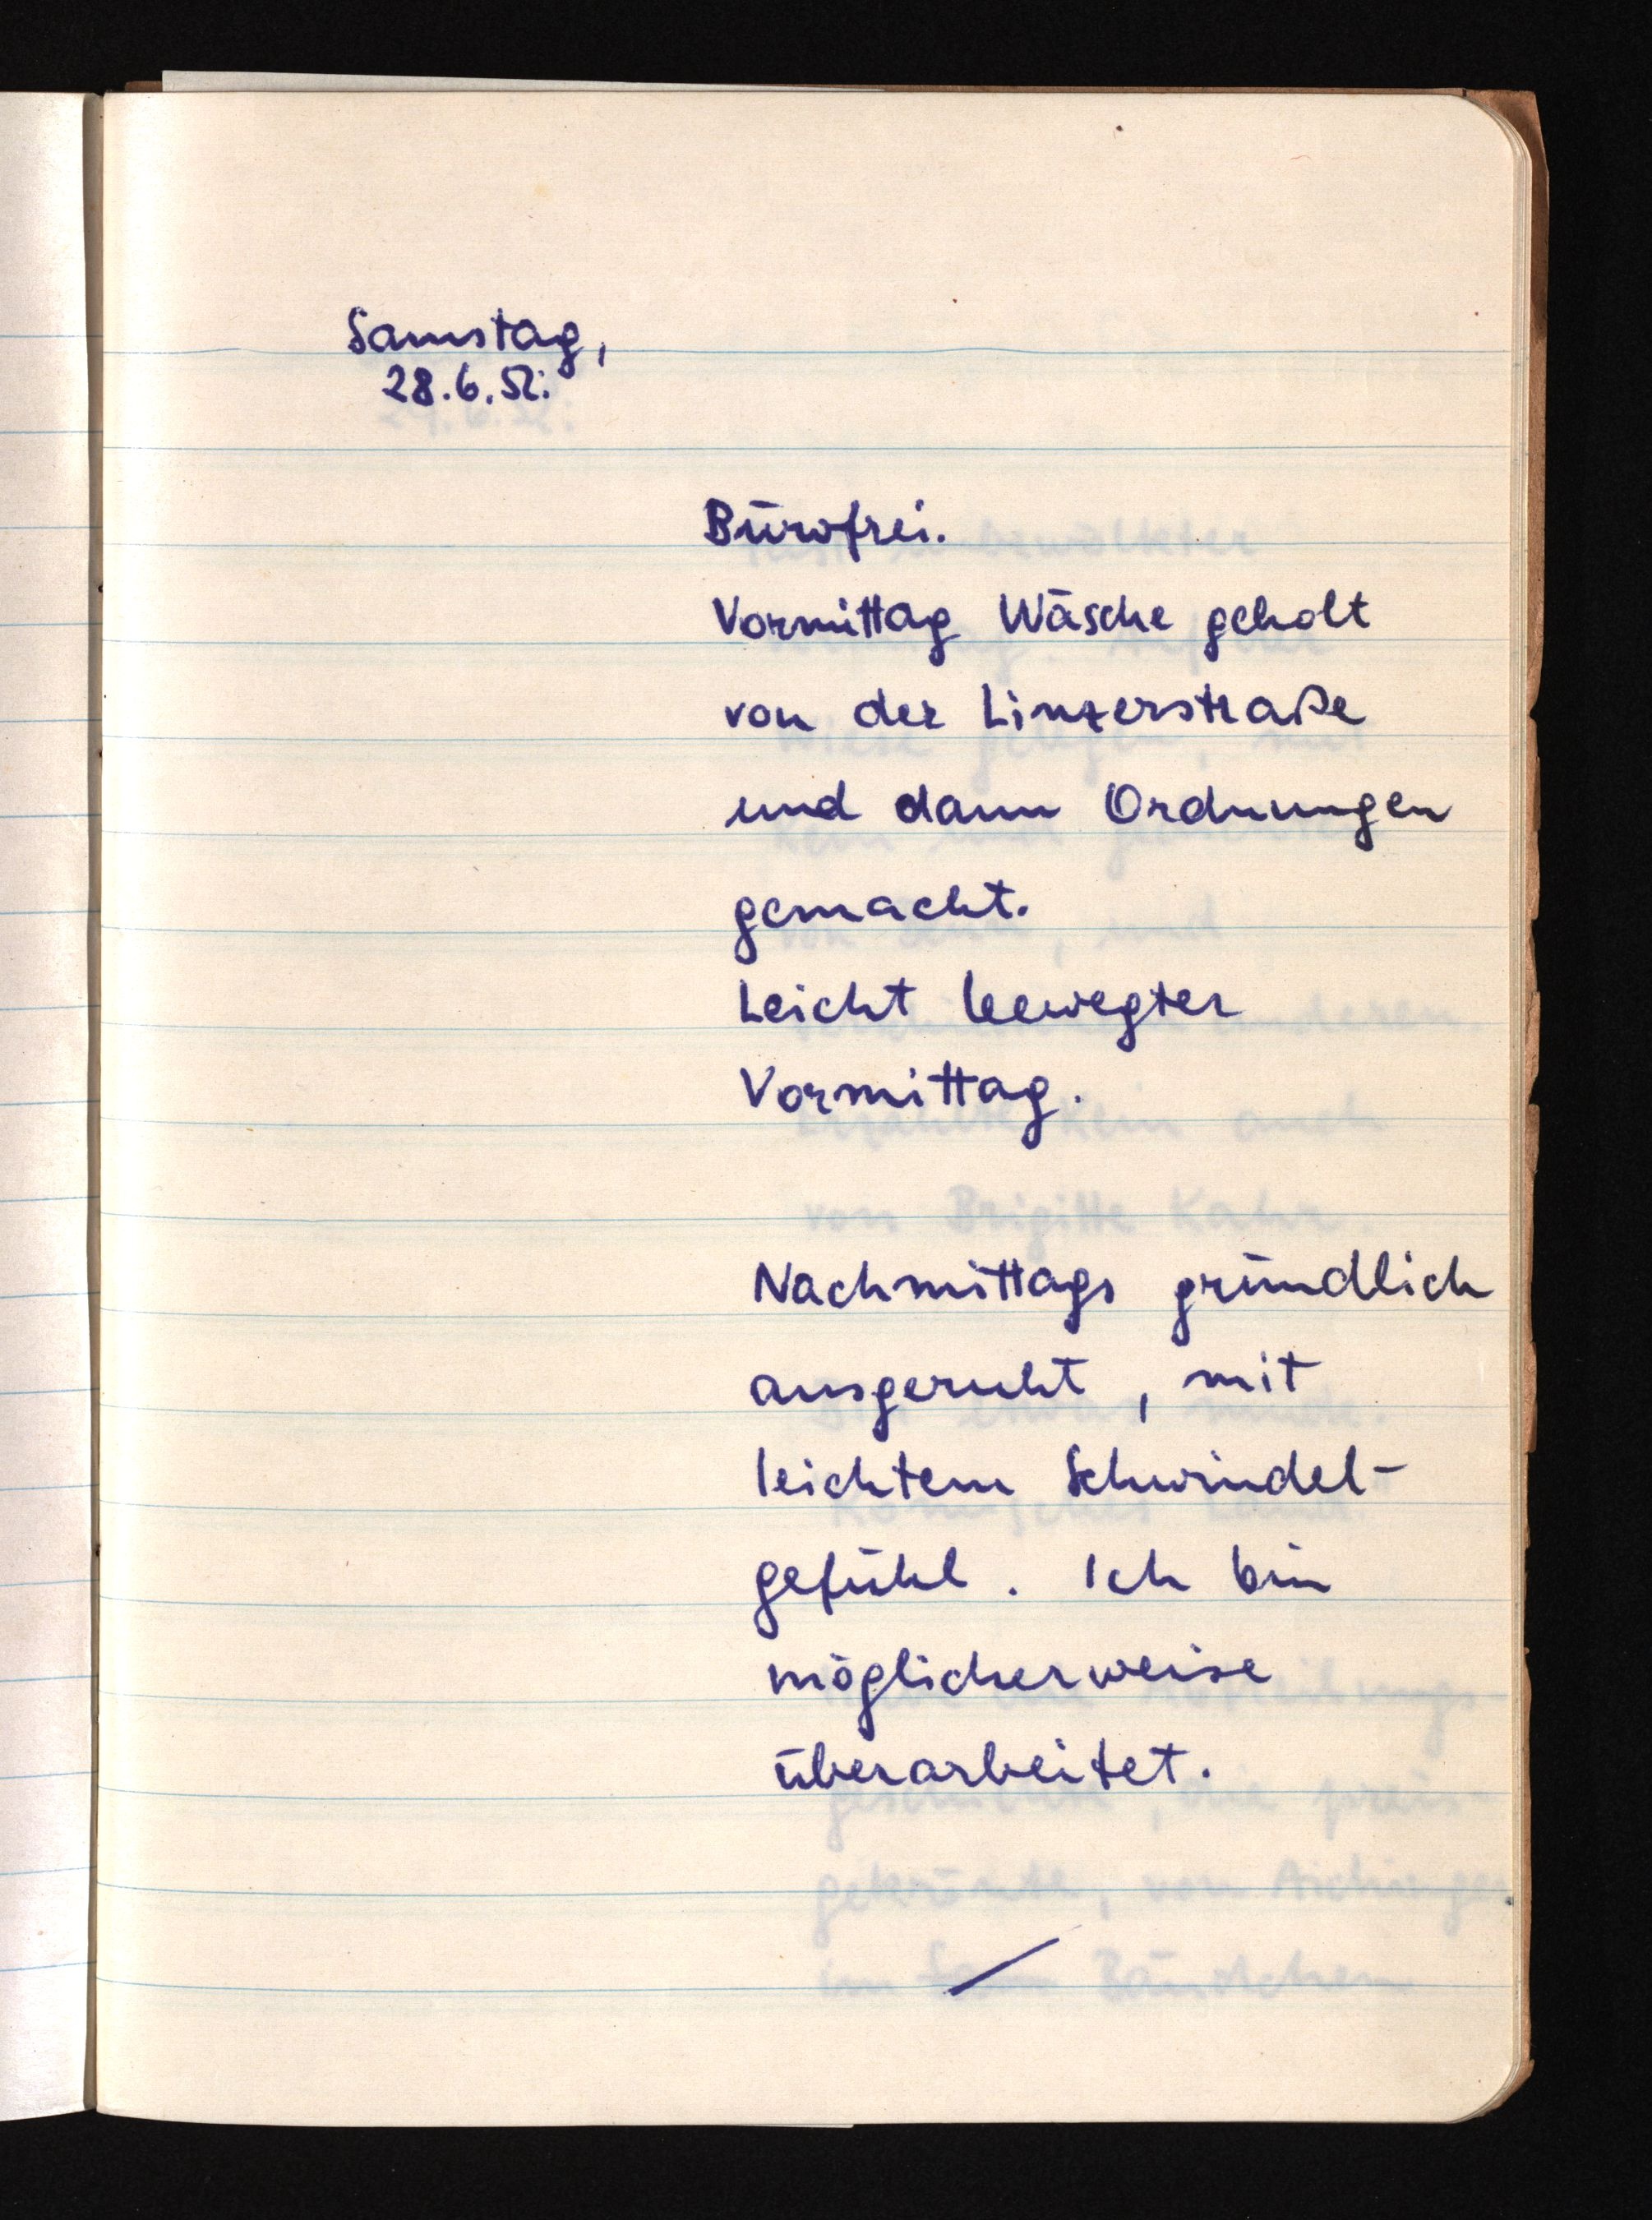
Samstag,
28.6.52:
Bürofrei.
Vormittag Wäsche geholt
von der Linzerstraße
und dann Ordnungen
gemacht.
Leicht bewegter
Vormittag.
Nachmittags gründlich
ausgeruht, mit
leichtem Schwindel¬
gefühl. Ich bin
möglicherweise
überarbeitet.